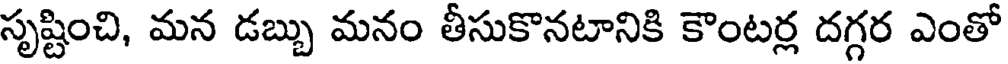
సృష్టించి, మన డబ్బు మనం తీసుకొనటానికి కౌంటర్ల దగ్గర ఎంతో